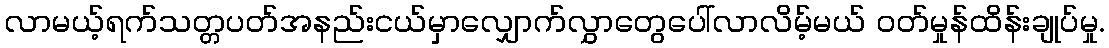
လာမယ့်ရက်သတ္တပတ်အနည်းငယ်မှာလျှောက်လွှာတွေပေါ်လာလိမ့်မယ် ဝတ်မှုန်ထိန်းချုပ်မှု.